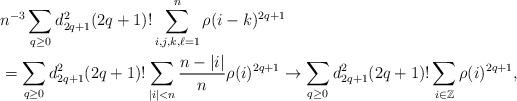
LaTeX: \begin{align*}& n^{-3} \sum_{q\geq 0}d_{2q+1}^2 (2q+1)! \sum_{i,j,k,\ell = 1}^n \rho(i-k)^{2q+1} \\&= \sum_{q\geq 0}d_{2q+1}^2 (2q+1)! \sum_{\vert i \vert < n} \frac{ n-\vert i\vert}{n} \rho(i)^{2q+1}\to \sum_{q\geq 0}d_{2q+1}^2 (2q+1)! \sum_{i\in\mathbb{Z}} \rho(i)^{2q+1},\end{align*}